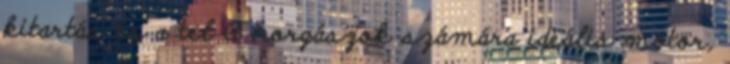
kitartás és a tel A horgászok számára ideális motor,